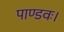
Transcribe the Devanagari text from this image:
पाण्डवः।